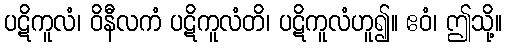
ပဋိကူလံ၊ ဝိနီလကံ ပဋိကူလံတိ၊ ပဋိကူလံဟူ၍။ ဧဝံ၊ ဤသို့။